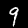
Label: 9